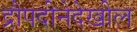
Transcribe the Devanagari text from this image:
द्रौपदीनेदेखील